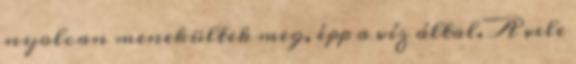
nyolcan menekültek meg, épp a víz által. A vele